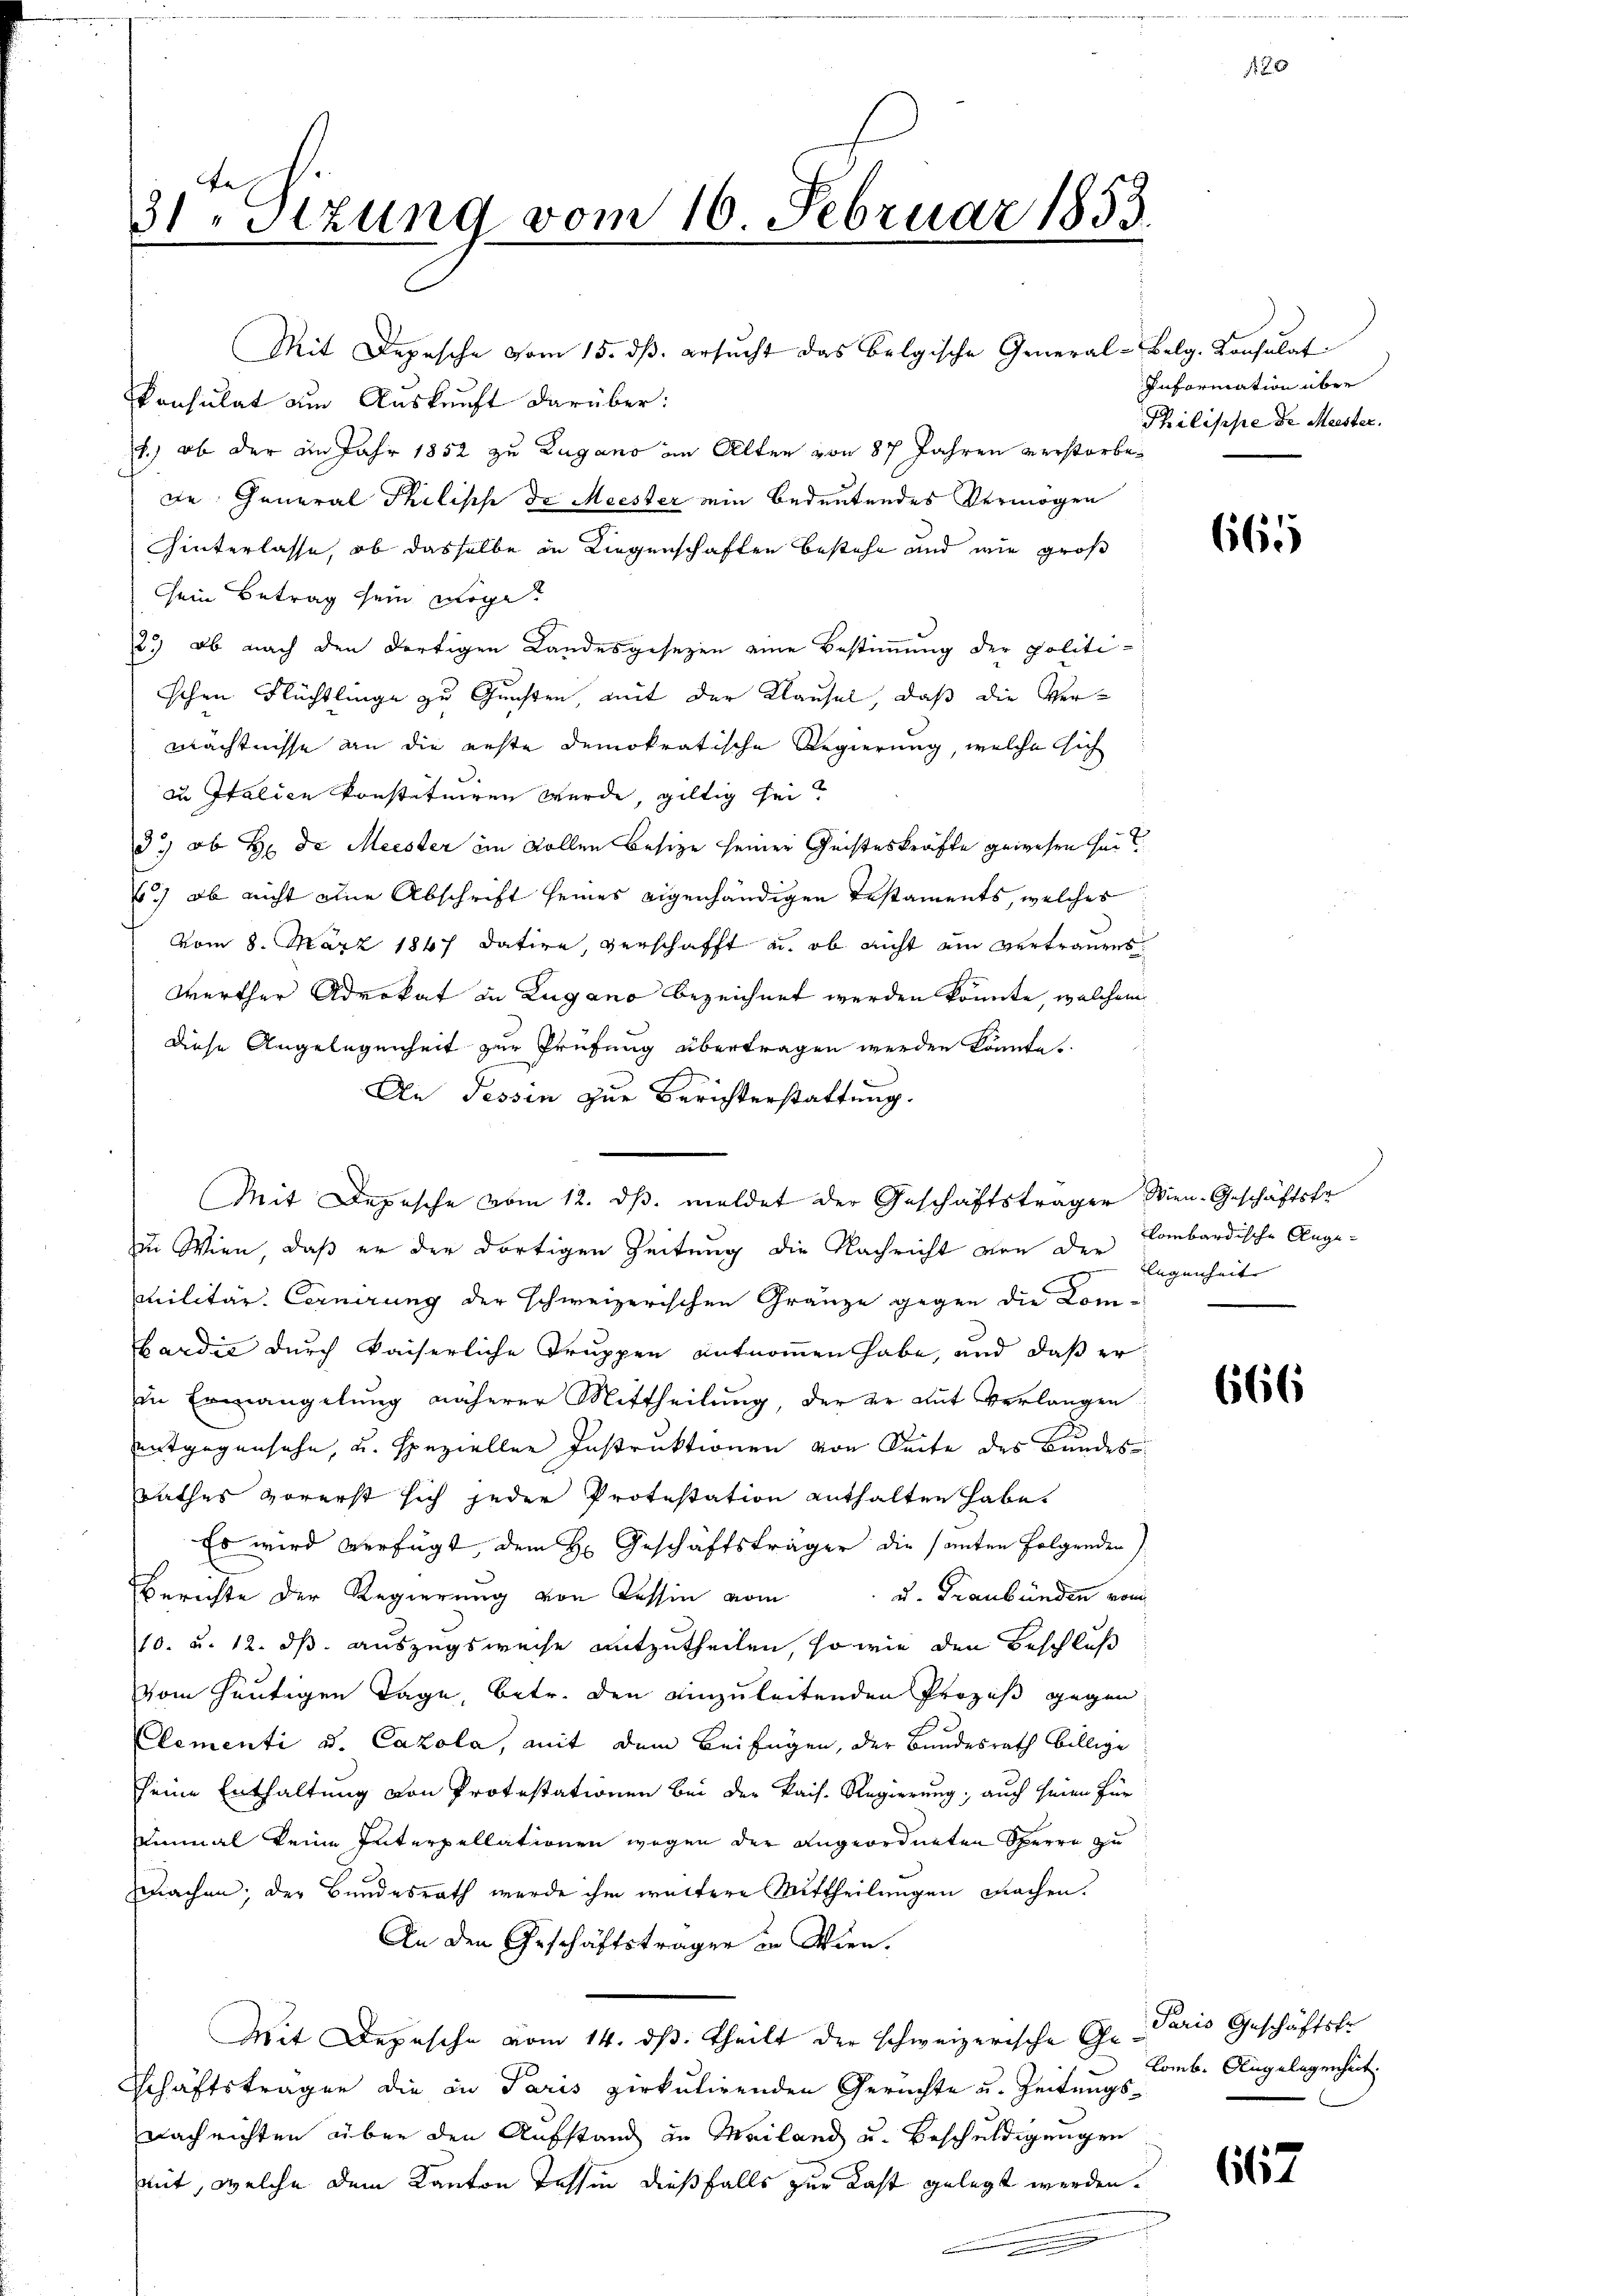
31Stzung vom 16. Februar 1853.

Mit Depesche vom 15. dβ. ersŭcht das belgische General-Belg. Konsulat
Ponsulat um Auskunft darüber:
.) ob der an Jahr 1852 zu Zugano im Alten von 87 Jahren verstorbede General Philisch de Meister ein bedeutendes Vermögen
hinterlasse, ob dasselbe in Liegenschaften bestehe und wie groß
sein Betrag sein möge.
2.) Ob nach den dortigen Landesgesezen eine Bestimmung der politischen Flüchtlinge zu Gunsten, mit der Klausel, daß die Vermächtnisse an die erste demokratische Regierung, welche sich
zu Italien konstituiren wurde, giltig sei.
33) ob Hr. Dr Meister im Sollen Besize seiner Geisteskräfte gewesen seit
1.) ob nicht eine Abschrift seines eigenhändigen Testaments, welches
vom 8. März 1867 datire, verschafft u. ob nicht am vertrauens
Werther Advokat in Zugano bezeichnet werden könnte, welchem
Diese Angelegenheit zur Prüfung übertragen werden könnte.
An Tessin zur Berichterstattung.
Zu Wien, daß er der dortigen Zeitung die Nachricht von der Lombardische Ange¬
Militär. Cornirung der schweizerischen Gränze gegen die Kom-
Bardić durch kaiserliche Truppen entnommen habe, und daß er
in Ermangelung näherer Mittheilung, der er auf verlangen
entgegensehe, u. speziellen Instruktionen von Seite des Bundes
rathes vorerst sich jeder Protestation enthalten habe.
Es wird verfügt, dem H. Geschäftsträger die samten folgenden)
Berichte der Regierung von Tessin vom
d. Graubünden vom
10. u. 12. ds. auszugsweise mitzutheilen, so wie den Beschluß
vom heutigen Tage, betr. den einzuleitenden Prozeß gegen
lementi u. Cazola, mit dem Beifügen, der Bundesrath billige
seine Enthaltung von Protestationen bei der kais. Regierung; auch seien für
inmal keine Interpellationen wegen der angeordneten Sperre zu
machen; der Bundesrath wurde ihm weitere Mittheilungen machen.
An den Geschäftsträger in Wien.
Mit Depesche vom 14. ds. theilt der schweizerische Ge- Paris Geschäftsfo
Schäftstragen die in Paris zirkulirenden Gerichte u. Zeitungsnach richten über den Aufstand in Mailand u. Beschuldigungen
mit, welche dem Kanton Tessin dießfalls zur Last gelegt werden.

Mit Depesche vom 12. ds. meldet der Geschäftsträger Wien. Geschäftsfr

Information über
Philische de Meister.

665

legenheit |

666

Comb. Angelegenheit.

662